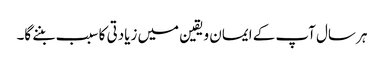
ہر سال آپ کے ایمان ویقین میں زیادتی کا سبب بننے گا۔